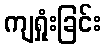
ကျရှုံးခြင်း